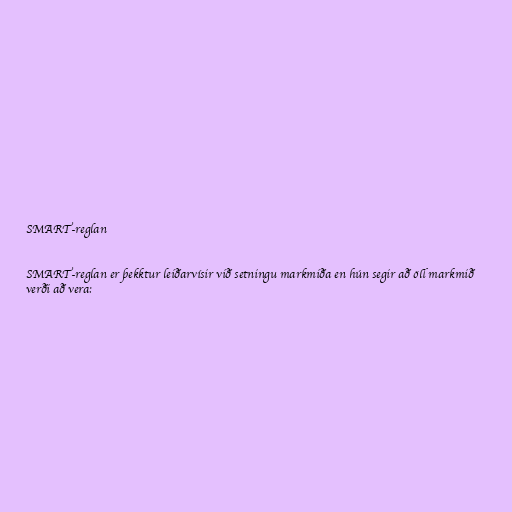
SMART-reglan

SMART-reglan er þekktur leiðarvísir við setningu markmiða en hún segir að öll markmið
verði að vera: